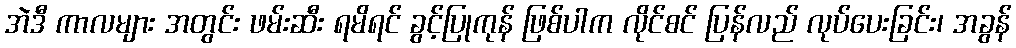
အဲဒီ ကာလများ အတွင်း ဖမ်းဆီး ရမိရင် ခွင့်ပြုကုန် ဖြစ်ပါက လိုင်စင် ပြန်လည် လုပ်ပေးခြင်း၊ အခွန်